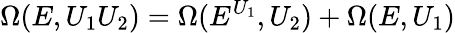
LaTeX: \Omega(E,U_{1}U_{2})=\Omega(E^{U_{1}},U_{2})+\Omega(E,U_{1})